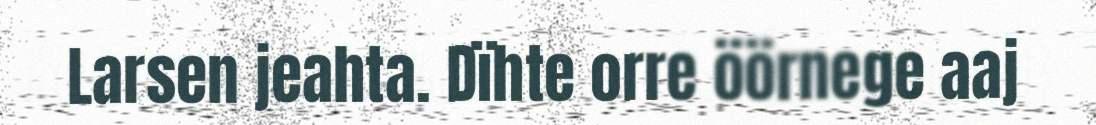
Larsen jeahta. Dïhte orre öörnege aaj